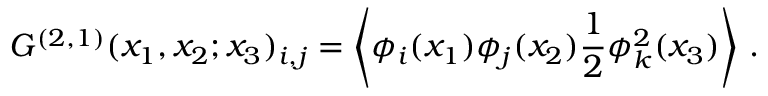
G ^ { ( 2 , 1 ) } ( x _ { 1 } , x _ { 2 } ; x _ { 3 } ) _ { i , j } = \left\langle { \phi } _ { i } ( x _ { 1 } ) { \phi } _ { j } ( x _ { 2 } ) \frac { 1 } { 2 } { \phi } _ { k } ^ { 2 } ( x _ { 3 } ) \right\rangle \, .